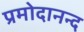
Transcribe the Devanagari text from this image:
प्रमोदानन्द